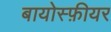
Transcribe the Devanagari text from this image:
बायोस्फ़ीयर